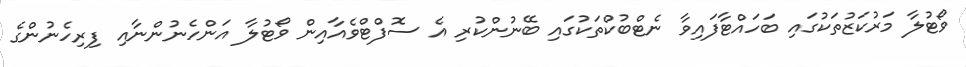
ވޯޓުލާ މަރުކަޒުތަކުގައި ބަހައްޓާފައިވާ ނެޓްބުކްތަކުގައި ބޭނުންކުރި އެ ސޮފްޓްވެއާއިން ވޯޓުލާ އަންހެނުންނާއި ފިރިހެނުންގެ